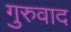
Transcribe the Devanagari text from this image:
गुरुवाद